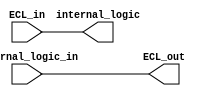
module ECL_buffer (
    input ECL_in,
    output internal_logic,
    input internal_logic_in,
    output reg ECL_out
);

assign internal_logic = ECL_in; // convert external ECL signal to internal logic level
assign ECL_out = internal_logic_in; // convert internal logic level to external ECL signal

endmodule